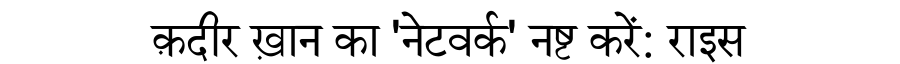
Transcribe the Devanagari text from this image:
क़दीर ख़ान का 'नेटवर्क' नष्ट करें: राइस